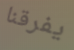
يفرقنا